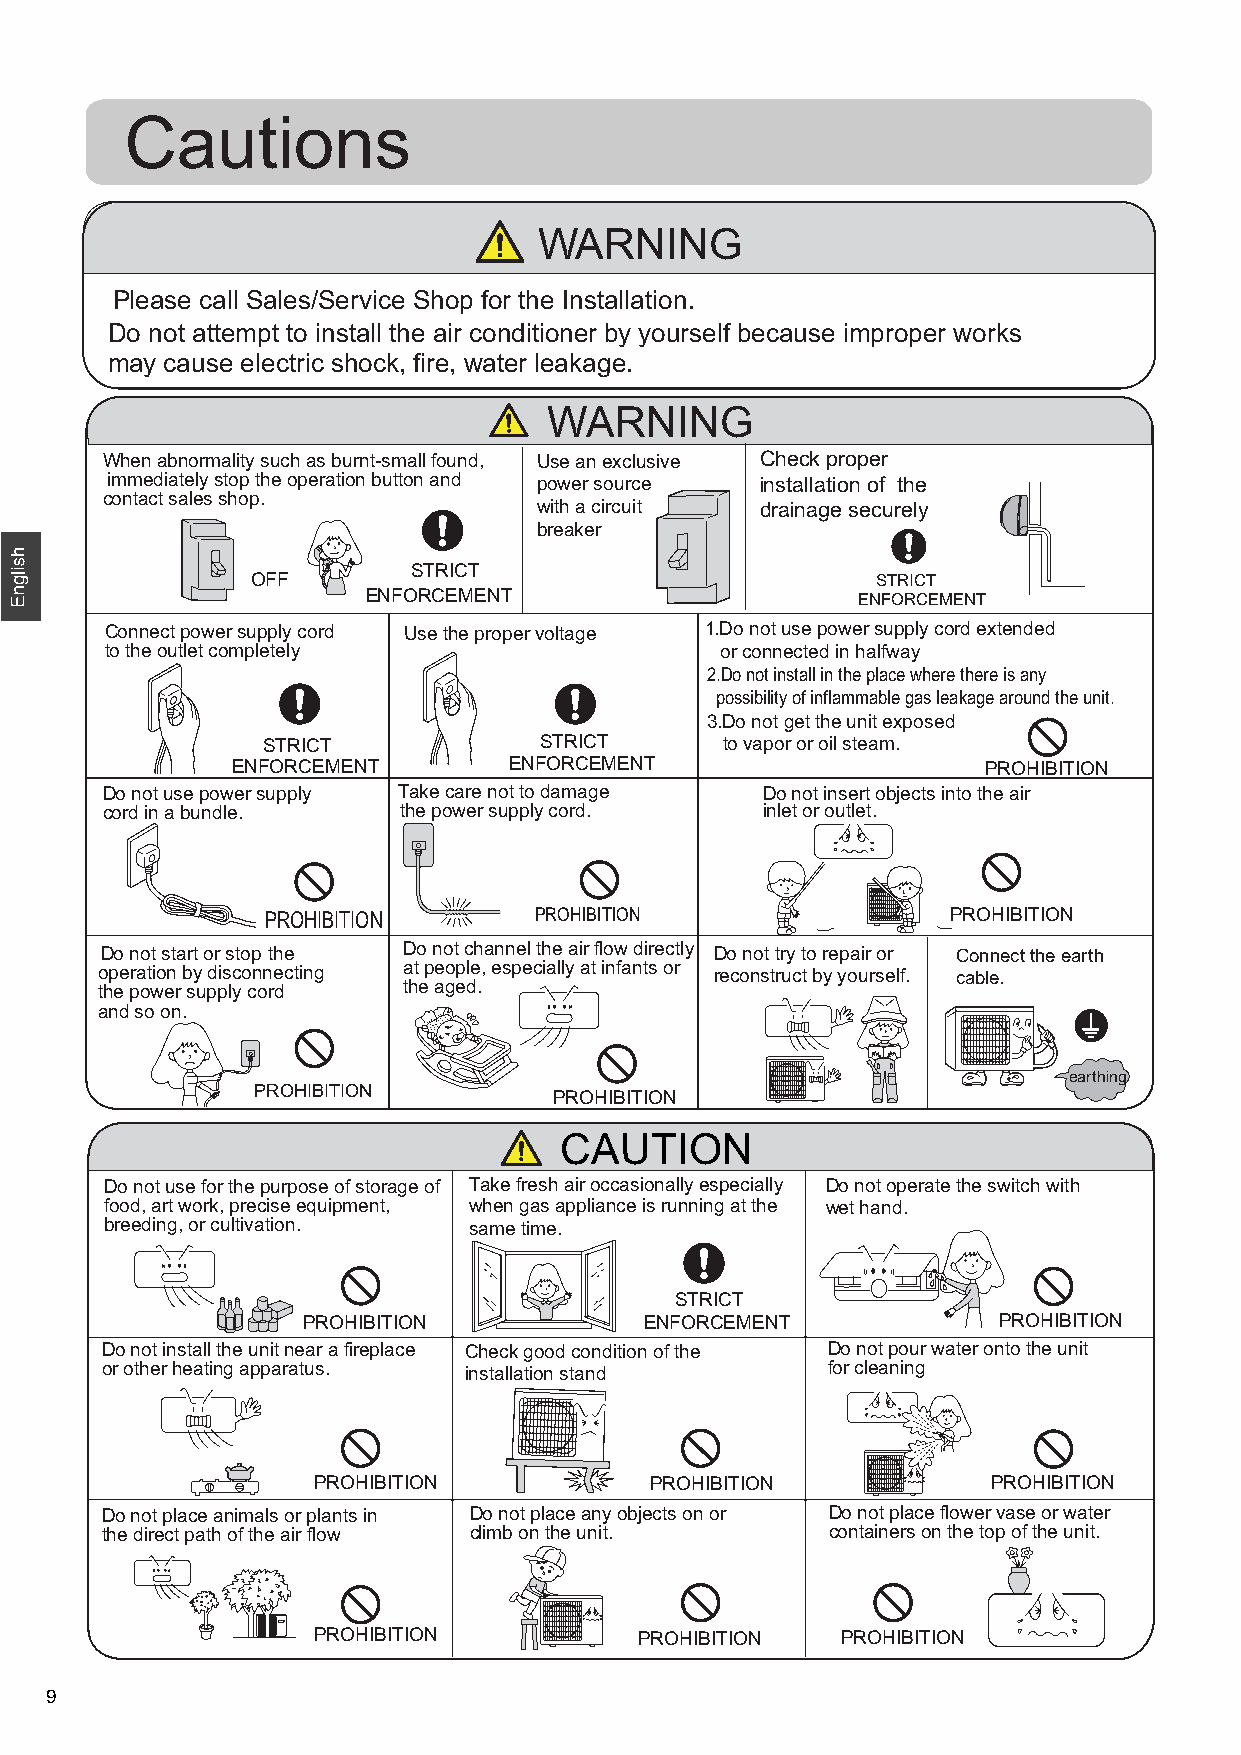
Cautions
 WARNING
 Please call Sales/Service Shop for the Installation.
 Do not attempt to install the air conditioner by yourself because improper works
 may cause electric shock, fire, water leakage.
 WARNING
 When abnormality such as burnt-small found, Use an exclusive Check proper
 immediately stop the operation button and power source installation of the
 contact sales shop.
 with a circuit drainage securely
 breaker
 STRICT
 OFF                                      STRICT
 ENFORCEMENT                      ENFORCEMENT
 Connect power supply cord Use the proper voltage 1.Do not use power supply cord extended
 to the outlet completely                 or connected in halfway
 2.Do not install in the place where there is any
 possibility of inflammable gas leakage around the unit.
 3.Do not get the unit exposed
 STRICT             STRICT      to vapor or oil steam.
 ENFORCEMENT        ENFORCEMENT                    PROHIBITION
 Do not use power supply Take care not to damage Do not insert objects into the air
 cord in a bundle.  the power supply cord.  inlet or outlet.
 PROHIBITION      PROHIBITION                 PROHIBITION
 Do not start or stop the Do not channel the air flow directly Do not try to repair or Connect the earth
 operation by disconnecting at people, especially at infants or reconstruct by yourself. cable.
 the power supply cord the aged.
 and so on.
 earthing
 PROHIBITION
 PROHIBITION
 CAUTION
 Do not use for the purpose of storage of Take fresh air occasionally especially Do not operate the switch with
 food, art work, precise equipment, when gas appliance is running at the wet hand.
 breeding, or cultivation. same time.
 STRICT
 PROHIBITION            ENFORCEMENT            PROHIBITION
 Do not install the unit near a fireplace Check good condition of the Do not pour water onto the unit
 or other heating apparatus. installation stand  for cleaning
 PROHIBITION           PROHIBITION            PROHIBITION
 Do not place animals or plants in Do not place any objects on or Do not place flower vase or water
 the direct path of the air flow climb on the unit. containers on the top of the unit.
 PROHIBITION          PROHIBITION   PROHIBITION
 9